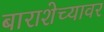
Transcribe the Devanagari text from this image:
बाराशेच्यावर